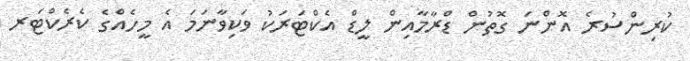
ކުރިންސުރެ އޮންނަ ގޮތުން ޑްރާމާއިން ލީޑް އެކްޓަރަކު ވަކިވާނަމަ އެ މީހެއްގެ ކެރެކްޓަރ